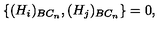
\{ ( H _ { i } ) _ { B C _ { n } } , ( H _ { j } ) _ { B C _ { n } } \} = 0 , \mathrm { \ }